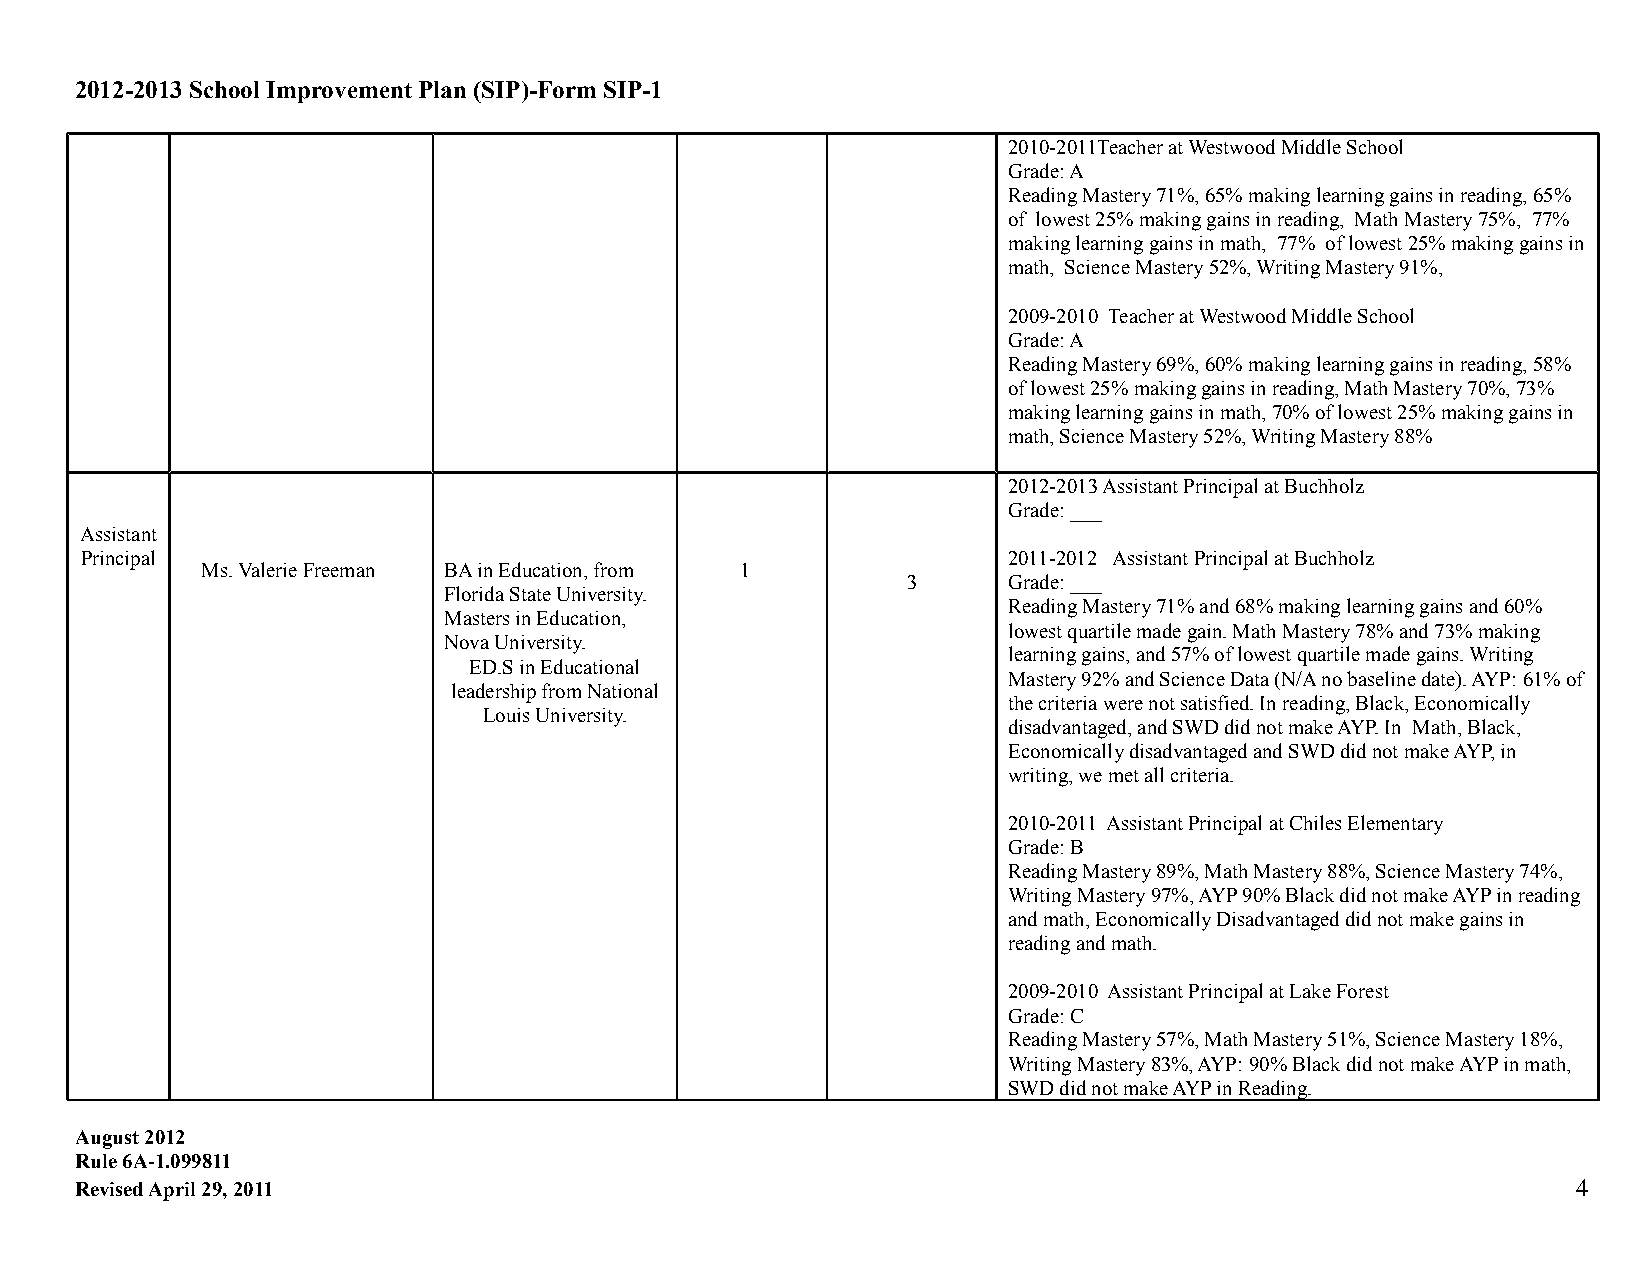
2012-2013 School Improvement Plan (SIP)-Form SIP-1
 2010-2011Teacher at Westwood Middle School
 Grade: A
 Reading Mastery 71%, 65% making learning gains in reading, 65%
 of lowest 25% making gains in reading, Math Mastery 75%, 77%
 making learning gains in math, 77% of lowest 25% making gains in
 math, Science Mastery 52%, Writing Mastery 91%,
 2009-2010 Teacher at Westwood Middle School
 Grade: A
 Reading Mastery 69%, 60% making learning gains in reading, 58%
 of lowest 25% making gains in reading, Math Mastery 70%, 73%
 making learning gains in math, 70% of lowest 25% making gains in
 math, Science Mastery 52%, Writing Mastery 88%
 2012-2013 Assistant Principal at Buchholz
 Grade: ___
 Assistant
 Principal                                                     2011-2012 Assistant Principal at Buchholz
 Ms. Valerie Freeman BA in Education, from 1
 3      Grade: ___
 Florida State University.
 Reading Mastery 71% and 68% making learning gains and 60%
 Masters in Education,
 lowest quartile made gain. Math Mastery 78% and 73% making
 Nova University.
 learning gains, and 57% of lowest quartile made gains. Writing
 ED.S in Educational
 Mastery 92% and Science Data (N/A no baseline date). AYP: 61% of
 leadership from National
 the criteria were not satisfied. In reading, Black, Economically
 Louis University.
 disadvantaged, and SWD did not make AYP. In Math, Black,
 Economically disadvantaged and SWD did not make AYP, in
 writing, we met all criteria.
 2010-2011 Assistant Principal at Chiles Elementary
 Grade: B
 Reading Mastery 89%, Math Mastery 88%, Science Mastery 74%,
 Writing Mastery 97%, AYP 90% Black did not make AYP in reading
 and math, Economically Disadvantaged did not make gains in
 reading and math.
 2009-2010 Assistant Principal at Lake Forest
 Grade: C
 Reading Mastery 57%, Math Mastery 51%, Science Mastery 18%,
 Writing Mastery 83%, AYP: 90% Black did not make AYP in math,
 SWD did not make AYP in Reading.
 August 2012
 Rule 6A-1.099811
 Revised April 29, 2011                                                                             4